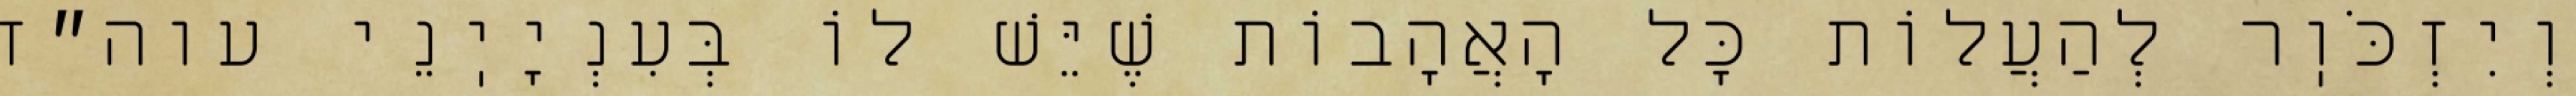
וְיִזְכֹּוֽר לְהַעֲלוֹת כׇּל הָאֲהָבוֹת שֶׁיֵּשׁ לוֹ בְּעִנְיָיֽנֵי עוה״ז